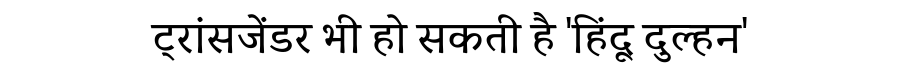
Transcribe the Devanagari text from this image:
ट्रांसजेंडर भी हो सकती है 'हिंदू दुल्हन'